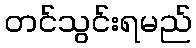
တင်သွင်းရမည်